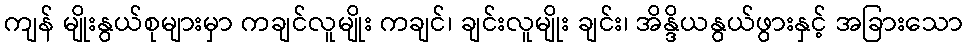
ကျန် မျိုးနွယ်စုများမှာ ကချင်လူမျိုး ကချင်၊ ချင်းလူမျိုး ချင်း၊ အိန္ဒိယနွယ်ဖွားနှင့် အခြားသော